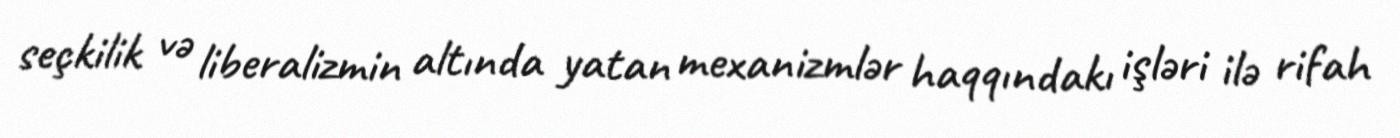
seçkilik və liberalizmin altında yatan mexanizmlər haqqındakı işləri ilə rifah